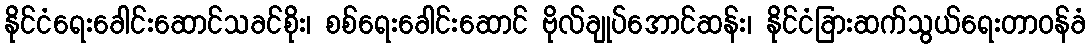
နိုင်ငံရေးခေါင်းဆောင်သခင်စိုး၊ စစ်ရေးခေါင်းဆောင် ဗိုလ်ချုပ်အောင်ဆန်း၊ နိုင်ငံခြားဆက်သွယ်ရေးတာဝန်ခံ